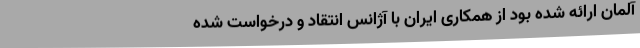
آلمان ارائه شده بود از همکاری ایران با آژانس انتقاد و درخواست شده